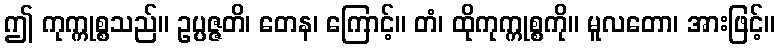
ဤ ကုက္ကုစ္စသည်။ ဥပ္ပဇ္ဇတိ၊ တေန၊ ကြောင့်။ တံ၊ ထိုကုက္ကုစ္စကို။ မူလတော၊ အားဖြင့်။